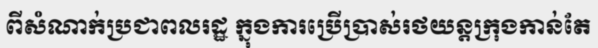
ពីសំណាក់ប្រជាពលរដ្ឋ ក្នុងការប្រើប្រាស់រថយន្តក្រុងកាន់តែ